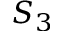
S _ { 3 }